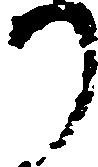
り